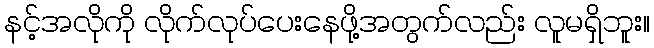
နင့်အလိုကို လိုက်လုပ်ပေးနေဖို့အတွက်လည်း လူမရှိဘူး။